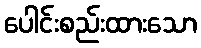
ပေါင်းစည်းထားသော